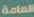
العامة